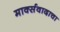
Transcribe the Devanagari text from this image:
मार्क्‍सवादाचा